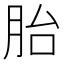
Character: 胎